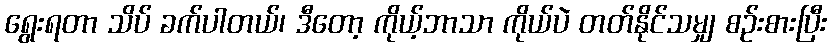
ရွေးရတာ သိပ် ခက်ပါတယ်၊ ဒီတော့ ကိုယ့်ဘာသာ ကိုယ်ပဲ တတ်နိုင်သမျှ စဉ်းစားပြီး